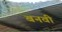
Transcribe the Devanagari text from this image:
बनवी